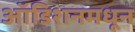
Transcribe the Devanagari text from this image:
ऑडिशनमधून